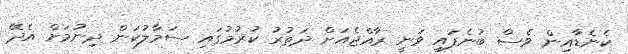
ކެނެޑާއިން ވެސް ބުނެފައި ވަނީ ރާއްޖެއަށް ދަތުރު ކުރުުމުގައި ސަމާލުކަން ދިނުމަށް އެދޭ